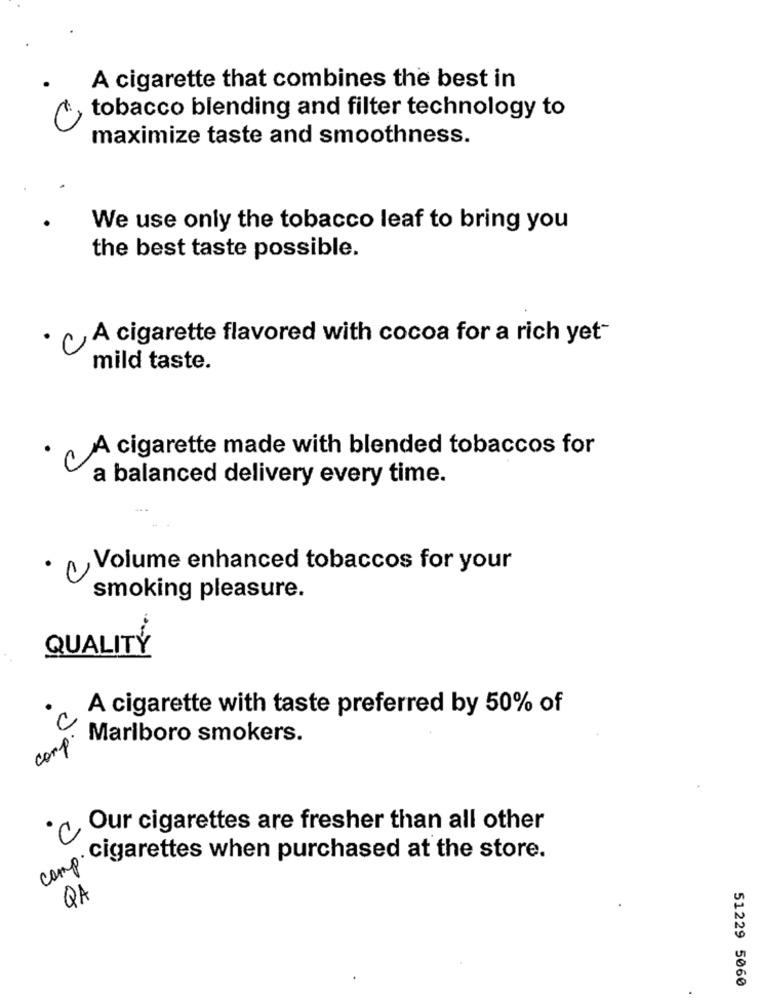
A cigarette that combines the best in
tobacco blending and filter technology to
maximize taste and smoothness.
We use only the tobacco leaf to bring you
the best taste possible.
· CA cigarette flavored with cocoa for a rich yet-
mild taste.
·A cigarette made with blended tobaccos for
a balanced delivery every time.
· Volume enhanced tobaccos for your
smoking pleasure.
QUALITY
A cigarette with taste preferred by 50% of
C
Marlboro smokers.
corp
· Our cigarettes are fresher than all other
cigarettes when purchased at the store.
camp
QA
51229 5060